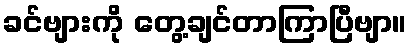
ခင်ဗျားကို တွေ့ချင်တာကြာပြီဗျာ။